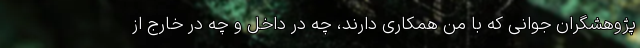
پژوهشگران جوانی که با من همکاری دارند، چه در داخل و چه در خارج از